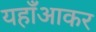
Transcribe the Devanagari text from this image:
यहाँआकर